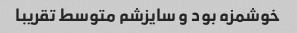
خوشمزه بود و سایزشم متوسط تقریبا